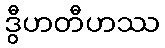
ဒွီဟတီဟဿ